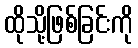
ထိုသို့ဖြစ်ခြင်းကို